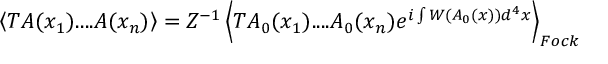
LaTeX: \left\langle T A ( x _ { 1 } ) . . . . A ( x _ { n } ) \right\rangle = Z ^ { - 1 } \left\langle T A _ { 0 } ( x _ { 1 } ) . . . . A _ { 0 } ( x _ { n } ) e ^ { i \int W ( A _ { 0 } ( x ) ) d ^ { 4 } x } \right\rangle _ { F o c k }